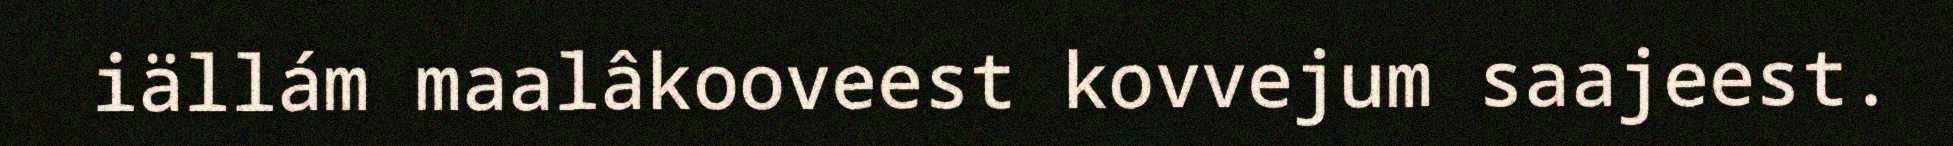
iällám maalâkooveest kovvejum saajeest.